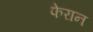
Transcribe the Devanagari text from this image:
फेरान